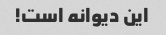
این دیوانه است!